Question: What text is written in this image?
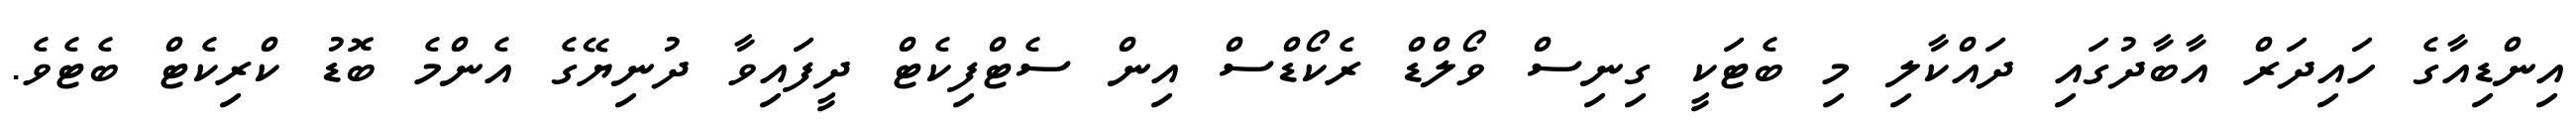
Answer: އިންޑިއާގެ ހައިދަރް އާބާދުގައި ދައްކާލި މި ބެޓަކީ ގިނިސް ވޯލްޑް ރެކޯޑްސް އިން ސެޓްފިކެޓް ދީފައިވާ ދުނިޔޭގެ އެންމެ ބޮޑު ކްރިކެޓް ބެޓެވެ.